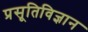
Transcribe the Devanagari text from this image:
प्रसूतिविज्ञान